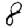
Digit: 8